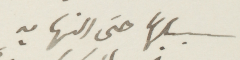
سبيلها حتى النهاية